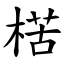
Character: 楛